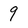
Character: 9